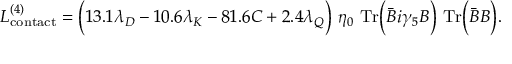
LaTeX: { \cal L } _ { \mathrm { c o n t a c t } } ^ { ( 4 ) } = \biggl ( 1 3 . 1 \lambda _ { D } - 1 0 . 6 \lambda _ { K } - 8 1 . 6 { \cal C } + 2 . 4 \lambda _ { Q } \biggr ) \ \eta _ { 0 } \ \mathrm { T r } \biggl ( { \bar { B } } i \gamma _ { 5 } B \biggr ) \ \mathrm { T r } \biggl ( { \bar { B } } B \biggr ) .